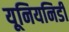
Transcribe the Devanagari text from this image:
यूनियनिडी